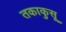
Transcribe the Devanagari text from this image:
तकाकुसू